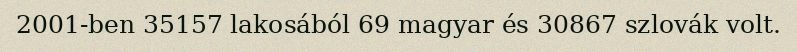
2001-ben 35157 lakosából 69 magyar és 30867 szlovák volt.